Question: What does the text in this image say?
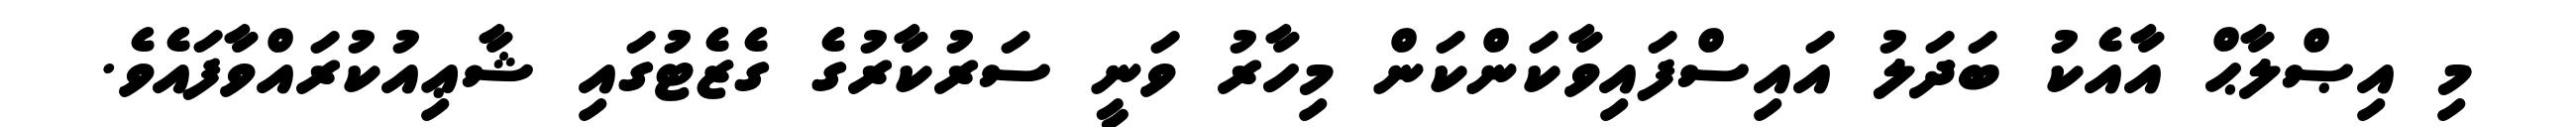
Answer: މި އިޞްލާޙް އާއެކު ބަދަލު އައިސްފައިވާކަންކަން މިހާރު ވަނީ ސަރުކާރުގެ ގެޒެޓުގައި ޝާޢިއުކުރައްވާފައެވެ.